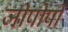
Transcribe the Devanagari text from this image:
जीपीपी